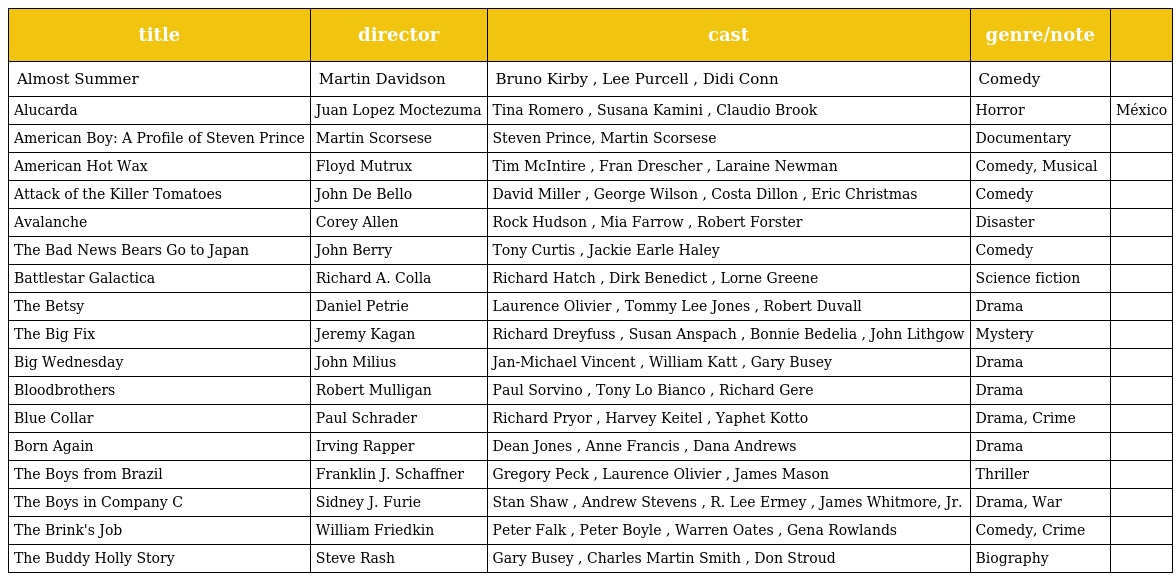
| title | director | cast | genre/note |  |
 | --- | --- | --- | --- | --- |
 | Almost Summer | Martin Davidson | Bruno Kirby , Lee Purcell , Didi Conn | Comedy |  |
 | Alucarda | Juan Lopez Moctezuma | Tina Romero , Susana Kamini , Claudio Brook | Horror | México |
 | American Boy: A Profile of Steven Prince | Martin Scorsese | Steven Prince, Martin Scorsese | Documentary |  |
 | American Hot Wax | Floyd Mutrux | Tim McIntire , Fran Drescher , Laraine Newman | Comedy, Musical |  |
 | Attack of the Killer Tomatoes | John De Bello | David Miller , George Wilson , Costa Dillon , Eric Christmas | Comedy |  |
 | Avalanche | Corey Allen | Rock Hudson , Mia Farrow , Robert Forster | Disaster |  |
 | The Bad News Bears Go to Japan | John Berry | Tony Curtis , Jackie Earle Haley | Comedy |  |
 | Battlestar Galactica | Richard A. Colla | Richard Hatch , Dirk Benedict , Lorne Greene | Science fiction |  |
 | The Betsy | Daniel Petrie | Laurence Olivier , Tommy Lee Jones , Robert Duvall | Drama |  |
 | The Big Fix | Jeremy Kagan | Richard Dreyfuss , Susan Anspach , Bonnie Bedelia , John Lithgow | Mystery |  |
 | Big Wednesday | John Milius | Jan-Michael Vincent , William Katt , Gary Busey | Drama |  |
 | Bloodbrothers | Robert Mulligan | Paul Sorvino , Tony Lo Bianco , Richard Gere | Drama |  |
 | Blue Collar | Paul Schrader | Richard Pryor , Harvey Keitel , Yaphet Kotto | Drama, Crime |  |
 | Born Again | Irving Rapper | Dean Jones , Anne Francis , Dana Andrews | Drama |  |
 | The Boys from Brazil | Franklin J. Schaffner | Gregory Peck , Laurence Olivier , James Mason | Thriller |  |
 | The Boys in Company C | Sidney J. Furie | Stan Shaw , Andrew Stevens , R. Lee Ermey , James Whitmore, Jr. | Drama, War |  |
 | The Brink's Job | William Friedkin | Peter Falk , Peter Boyle , Warren Oates , Gena Rowlands | Comedy, Crime |  |
 | The Buddy Holly Story | Steve Rash | Gary Busey , Charles Martin Smith , Don Stroud | Biography |  |